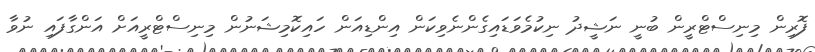
ފޮރިން މިނިސްޓްރީން ބުނީ ނަޝީދު ނިކުމެވަޑައިގެންނެވިކަން އިންޑިއަން ހައިކޮމިޝަނުން މިނިސްޓްރީއަށް އަންގާފައި ނުވާ